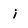
Character: i